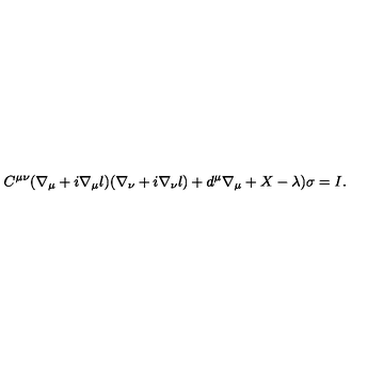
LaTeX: C ^ { \mu \nu } ( \nabla _ { \mu } + i \nabla _ { \mu } l ) ( \nabla _ { \nu } + i \nabla _ { \nu } l ) + d ^ { \mu } \nabla _ { \mu } + X - \lambda ) \sigma = I .